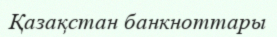
Қазақстан банкноттары